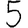
Digit: 5